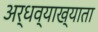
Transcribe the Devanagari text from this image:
अर्धव्याख्याता